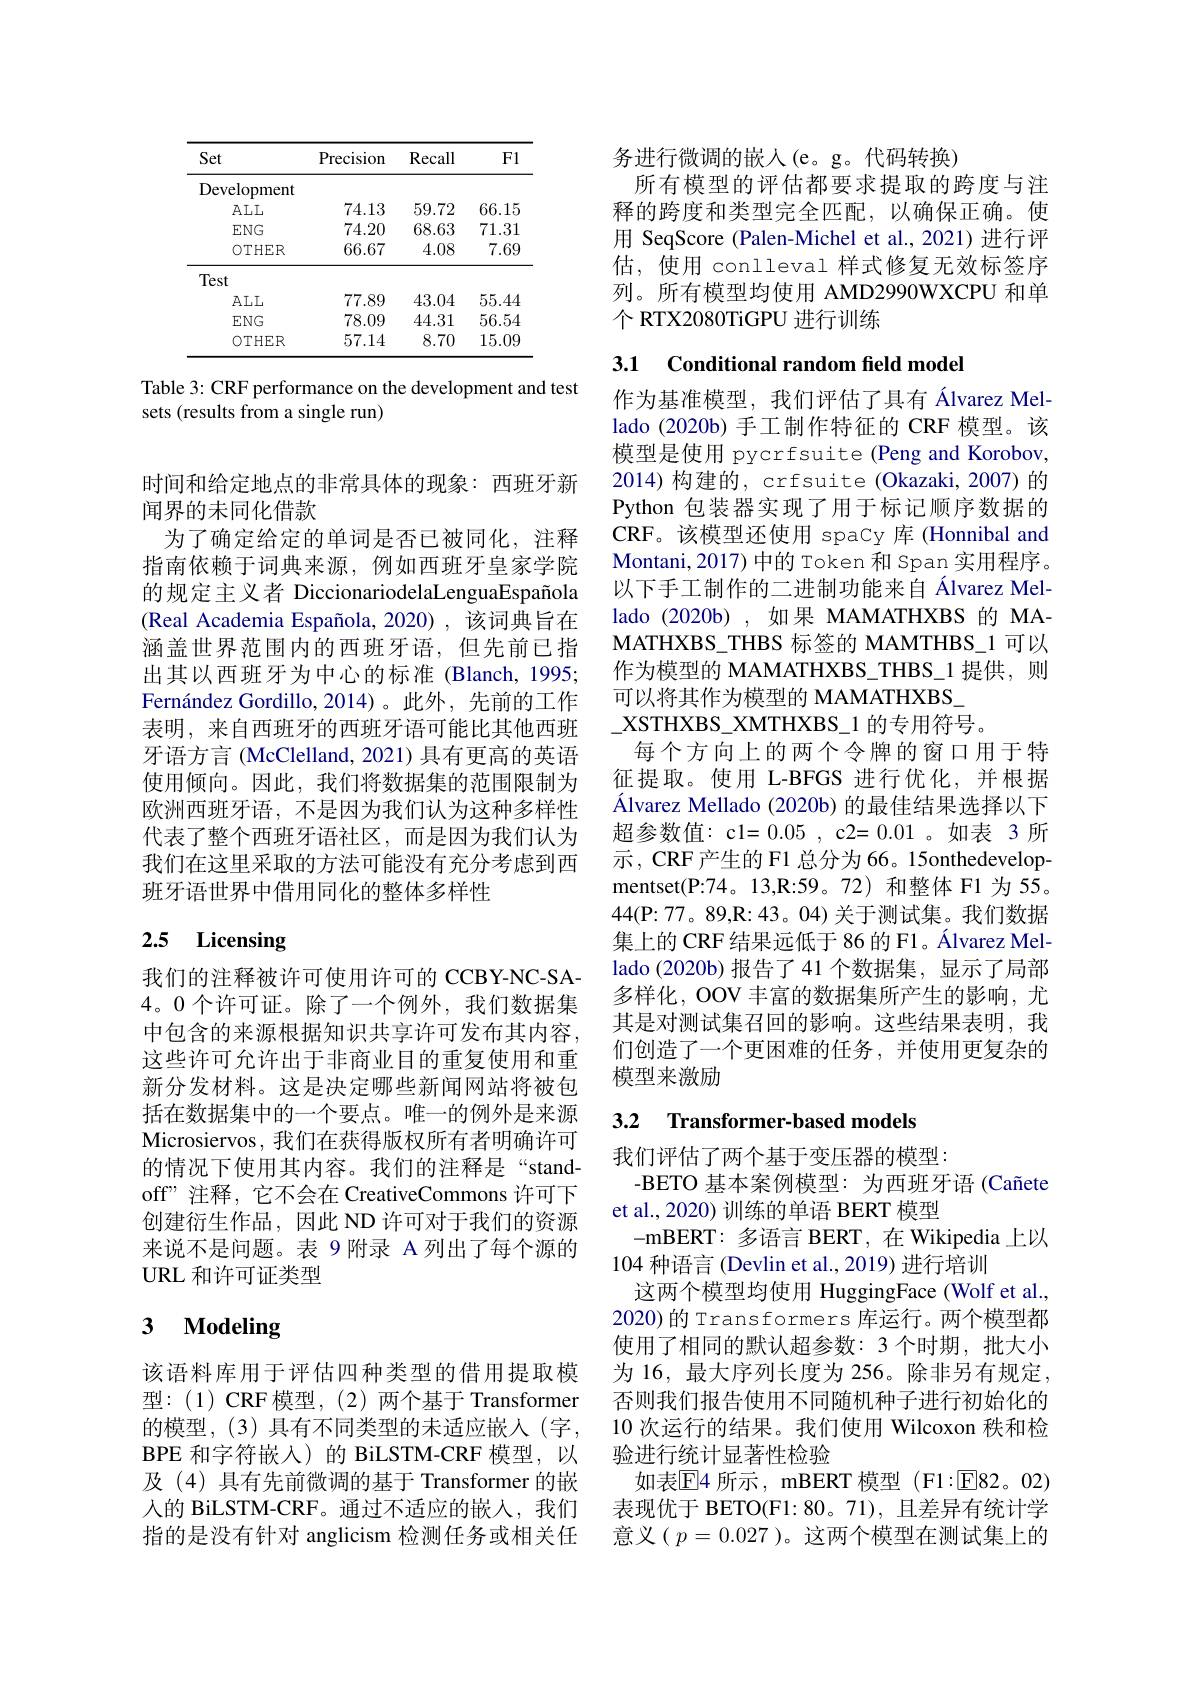
<table>
	<tbody>
		<tr>
			<th>Set</th>
			<th>Precision</th>
			<th>Recall</th>
			<th>F1</th>
		</tr>
		<tr>
			<td>Development</td>
			<td> </td>
			<td> </td>
			<td> </td>
		</tr>
		<tr>
			<td>$\bar{A}LL$</td>
			<td>74.13</td>
			<td>59.72</td>
			<td>66.15</td>
		</tr>
		<tr>
			<td>$ENG$</td>
			<td>74.20</td>
			<td>68.63</td>
			<td>71.31</td>
		</tr>
		<tr>
			<td>$OTHER$</td>
			<td>66.67</td>
			<td>4.08</td>
			<td>7.69</td>
		</tr>
		<tr>
			<td>Test</td>
			<td> </td>
			<td> </td>
			<td> </td>
		</tr>
		<tr>
			<td>$\bar{A}LL$</td>
			<td>77.89</td>
			<td>43.04</td>
			<td>55.44</td>
		</tr>
		<tr>
			<td>$ENG$</td>
			<td>78.09</td>
			<td>44.31</td>
			<td>56.54</td>
		</tr>
		<tr>
			<td>$OTHER$</td>
			<td>57.14</td>
			<td>8.70</td>
			<td>15.09</td>
		</tr>
	</tbody>
</table>

Table 3: CRF performance on the development and test
sets (results from a single run)

时间和给定地点的非常具体的现象：西班牙新
闻界的未同化借款
为了确定给定的单词是否已被同化，注释指南依赖于词典来源，例如西班牙皇家学院的规定主义者 DiccionariodelaLenguaEspañola (Real Academia Española,2020),该词典旨在涵盖世界范围内的西班牙语，但先前已指出其以西班牙为中心的标准 (Blanch, 1995; Fernández Gordillo,2014)。此外，先前的工作表明，来自西班牙的西班牙语可能比其他西班牙语方言 (McClelland, 2021) 具有更高的英语使用倾向。因此，我们将数据集的范围限制为欧洲西班牙语，不是因为我们认为这种多样性代表了整个西班牙语社区，而是因为我们认为我们在这里采取的方法可能没有充分考虑到西班牙语世界中借用同化的整体多样性

# 2.5 Licensing

我们的注释被许可使用许可的 CCBY-NC-SA- 4。0个许可证。除了一个例外，我们数据集中包含的来源根据知识共享许可发布其内容， 这些许可允许出于非商业目的重复使用和重新分发材料。这是决定哪些新闻网站将被包括在数据集中的一个要点。唯一的例外是来源Microsiervos, 我们在获得版权所有者明确许可的情况下使用其内容。我们的注释是“standoff" 注释，它不会在 CreativeCommons 许可下创建衍生作品，因此 ND 许可对于我们的资源来说不是问题。表 9 附录 A 列出了每个源的URL 和许可证类型

# 3 Modeling

该语料库用于评估四种类型的借用提取模型：(1)CRF模型，(2)两个基于 Transformer 的模型，(3) 具有不同类型的未适应嵌入(字， BPE 和字符嵌人)的 BiLSTM-CRF 模型，以及 (4) 具有先前微调的基于 Transformer 的嵌人的 BiLSTM-CRF。通过不适应的嵌入，我们指的是没有针对 anglicism 检测任务或相关任

务进行微调的嵌人(e。g。代码转换)
所有模型的评估都要求提取的跨度与注释的跨度和类型完全匹配，以确保正确。使用 SeqScore (Palen-Michel et al., 2021)进行评估，使用 conlleval 样式修复无效标签序列。所有模型均使用 AMD2990WXCPU 和单个 RTX2080TiGPU 进行训练

## 3.1 Conditional random feld model

作为基准模型，我们评估了具有 Álvarez Mellado (2020b) 手工制作特征的 CRF 模型。该模型是使用 pycrfsuite (Peng and Korobov, 2014) 构建的，crfsuite (Okazaki, 2007) 的Python 包装器实现了用于标记顺序数据的CRF。该模型还使用 spacy 库 (Honnibal and Montani, 2017) 中的 Token 和 Span 实用程序。以下手工制作的二进制功能来自 Álvarez Mellado (2020b) ,如果 MAMATHXBS 的 MAMATHXBS\_THBS 标签的 MAMTHBS\_1 可以作为模型的 MAMATHXBS\_THBS\_1 提供，则可以将其作为模型的 MAMATHXBS\_
$\_$XSTHXBS\_XMTHXBS\_1 的专用符号。
每个方向上的两个令牌的窗口用于特征提取。使用 L-BFGS 进行优化，并根据Álvarez Mellado (2020b) 的最佳结果选择以下超参数值：c1=0.05,c2=0.01。如表 3所示，CRF 产生的 F1 总分为 66。15onthedevelopmentset(P:74。13,R:59。72) 和整体 F1 为 55。44(P: 77。89, R: 43。04)关于测试集。我们数据集上的 CRF 结果远低于 86 的 F1。Álvarez Mellado (2020b)报告了41 个数据集，显示了局部多样化，OOV 丰富的数据集所产生的影响，尤其是对测试集召回的影响。这些结果表明，我们创造了一个更困难的任务，并使用更复杂的模型来激励

### 3.2 Transformer-based models

我们评估了两个基于变压器的模型：
-BETO 基本案例模型：为西班牙语 (Cañete
et al., 2020) 训练的单语 BERT 模型
-mBERT: 多语言 BERT, 在 Wikipedia 上以
104种语言 (Devlin et al., 2019) 进行培训
这两个模型均使用 HuggingFace (Wolf et al., 2020) 的 Transformers 库运行。两个模型都使用了相同的默认超参数：3 个时期，批大小为 16, 最大序列长度为 256。除非另有规定， 否则我们报告使用不同随机种子进行初始化的10 次运行的结果。我们使用 Wilcoxon 秩和检验进行统计显著性检验
如表$\mathbb{E}$4 所示，mBERT 模型(F1:回82。02) 表现优于 BETO(F1: 80。71), 且差异有统计学意义($p=0.027$)。这两个模型在测试集上的